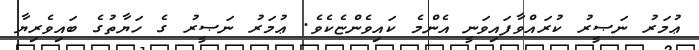
ޢުމަރު ނަޞީރު ކުރައްވާފައިވަނީ އެންމެ ކައިވެންޏެކެވެ. ޢުމަރު ނަޞީރު ގެ ހަޔާތުގެ ބައިވެރިޔާ